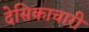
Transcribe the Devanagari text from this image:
देसिकाचारी